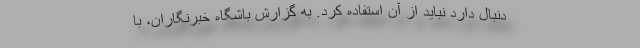
دنبال دارد نباید از آن استفاده کرد. به گزارش باشگاه خبرنگاران، با